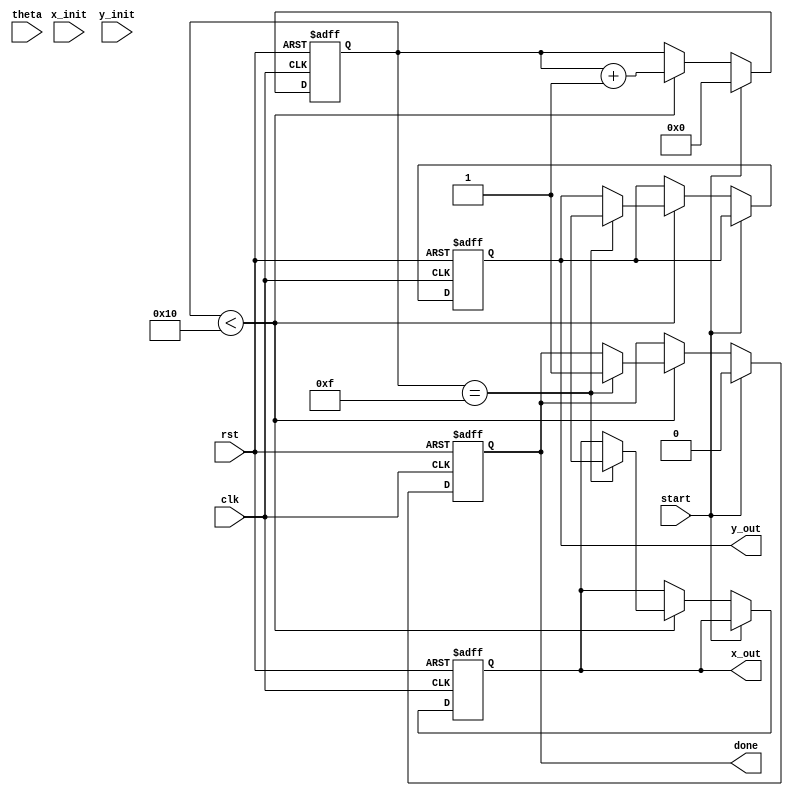
module hyperbolic_cordic (
    input clk,
    input rst,
    input start,
    input signed [15:0] theta, // Input angle in fixed-point representation
    input signed [15:0] x_init, // Initial x value
    input signed [15:0] y_init, // Initial y value
    output reg signed [15:0] x_out, // Output x (cosh)
    output reg signed [15:0] y_out, // Output y (sinh)
    output reg done
);

    // CORDIC parameters
    parameter NUM_ITERATIONS = 16; // Number of iterations
    reg signed [15:0] x [0:NUM_ITERATIONS-1];
    reg signed [15:0] y [0:NUM_ITERATIONS-1];
    reg signed [15:0] z [0:NUM_ITERATIONS-1]; // Angle lookup table
    reg [3:0] iteration; // Current iteration counter
    reg signed [15:0] sigma; // Direction of rotation

    // Scaling factor (precomputed for NUM_ITERATIONS)
    reg signed [15:0] scaling_factor = 16'h1A3D; // Example value for scaling factor

    // Initialize lookup table for atanhs (in fixed-point)
    initial begin
        z[0] = 16'h0000; // atanh(0)
        z[1] = 16'h0001; // atanh(1)
        z[2] = 16'h0002; // atanh(2)
        // Add more values as needed for higher precision
        // This should be filled with actual atanhs values
    end

    // State machine for CORDIC operation
    always @(posedge clk or posedge rst) begin
        if (rst) begin
            x_out <= 0;
            y_out <= 0;
            done <= 0;
            iteration <= 0;
        end else if (start) begin
            // Initialize values
            x[0] <= x_init;
            y[0] <= y_init;
            z[0] <= theta;
            iteration <= 0;
            done <= 0;
        end else if (iteration < NUM_ITERATIONS) begin
            // CORDIC iteration logic
            sigma <= (z[iteration] < 0) ? -1 : 1; // Determine direction
            x[iteration + 1] <= x[iteration] - (sigma * (y[iteration] >>> iteration)); // x' = x - y * ^k
            y[iteration + 1] <= y[iteration] + (sigma * (x[iteration] >>> iteration)); // y' = y + x * ^k
            z[iteration + 1] <= z[iteration] - (sigma * z[iteration]); // Update angle

            // Update output values for the final iteration
            if (iteration == NUM_ITERATIONS - 1) begin
                x_out <= x[NUM_ITERATIONS];
                y_out <= y[NUM_ITERATIONS];
                done <= 1; // Indicate completion
            end
            
            iteration <= iteration + 1; // Move to the next iteration
        end
    end

endmodule